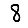
Digit: 8